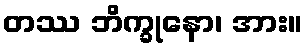
တဿ ဘိက္ခုနော၊ အား။